Mental hospitals Bombay report 1921-28 - 1921-1928
Year: 1921
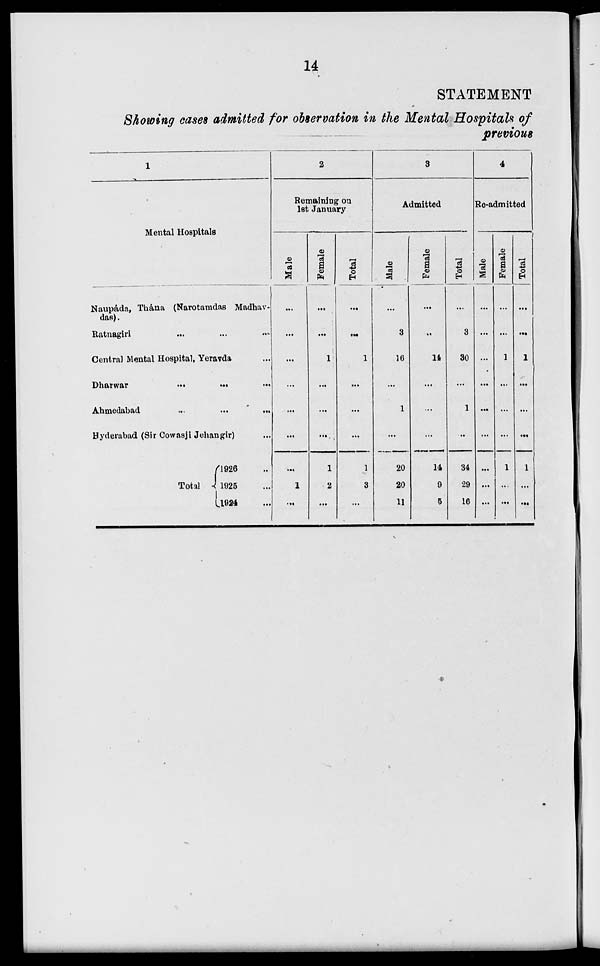
14
STATEMENT
Showing cases admitted for observation in the Mental Hospitals of
previous
1
Mental Hospitals
Naupáda, Thána (Narotamdas Madhav-
das).
Ratnagiri ... ... ...
Central Mental Hospital, Yeravda ...
Dharwar
...
...
...
Ahmedabad
...
...
...
Hyderabad (Sir Cowasji Jehangir) ...
Total ..
1926 ...
1925 ...
1924 ...
2
Remaining on
1st January
Male
...
...
...
...
...
...
...
1
...
Female
...
...
1
...
...
...
1
2
...
Total
...
...
1
...
...
...
1
3
...
3
Admitted
Male
...
3
16
...
1
...
20
20
11
Female
...
...
14
...
...
...
14
9
5
Total
...
3
30
...
1
...
34
29
16
4
Re-admitted
Male
...
...
...
...
...
...
...
...
...
Female
...
...
1
...
...
...
1
...
...
Total
...
...
1
...
...
...
1
...
...